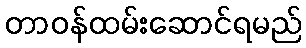
တာဝန်ထမ်းဆောင်ရမည်